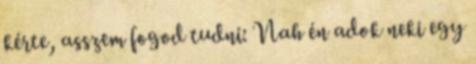
kérte, asszem fogod tudni: Nah én adok neki egy